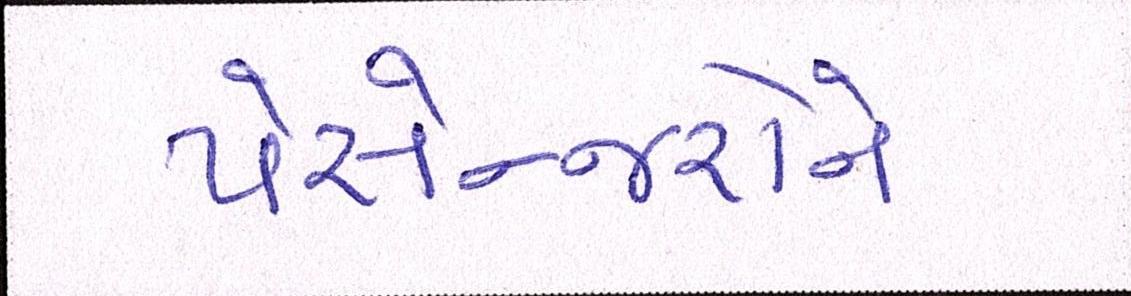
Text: પેસેન્જરોને